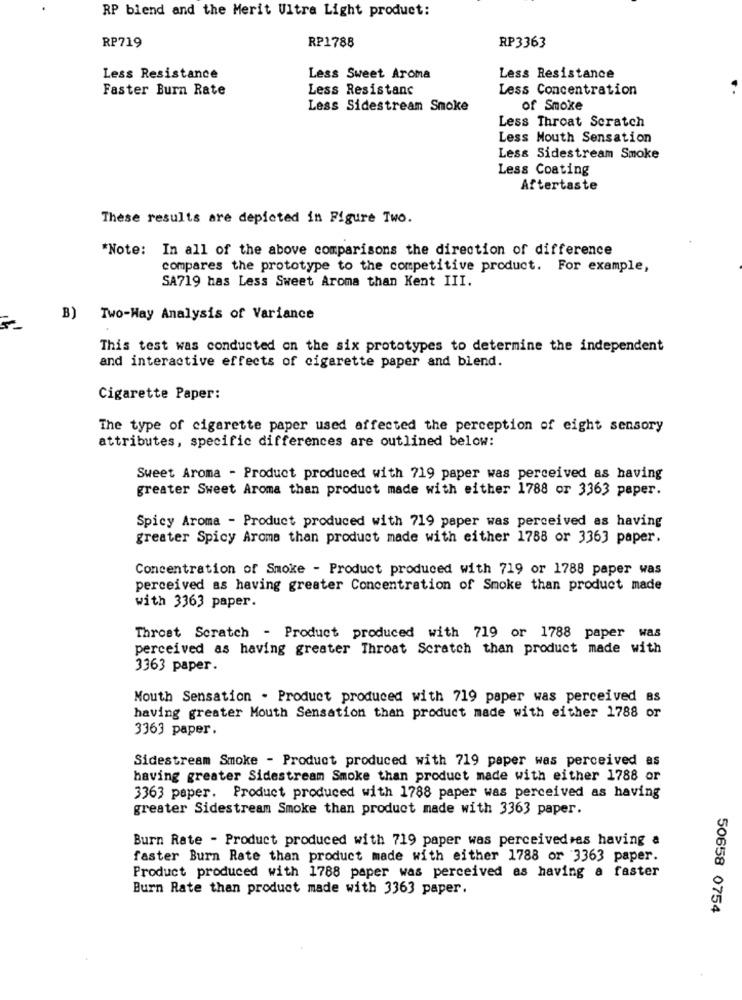
RP blend and the Merit Ultra Light product:
RP1788
RP719
RP3363
Less Resistance
Less Sweet Aroma
Less Resistance
Faster Burn Rate
Less Resistanc
Less Concentration
Less Sidestream Smoke
of Smoke
Less Throat Scratch
Less Mouth Sensation
Less Sidestream Smoke
Less Coating
Aftertaste
These results are depicted in Figure Two.
*Note: In all of the above comparisons the direction of difference
compares the prototype to the competitive product. For example,
SA719 has Less Sweet Aroma than Kent III.
B)
Two-Way Analysis of Variance
This test was conducted on the six prototypes to determine the independent
and interactive effects of cigarette paper and blend.
Cigarette Paper:
The type of cigarette paper used affected the perception of eight sensory
attributes, specific differences are outlined below:
Sweet Aroma - Product produced with 719 paper was perceived as having
greater Sweet Aroma than product made with either 1788 or 3363 paper.
Spicy Aroma - Product produced with 719 paper was perceived as having
greater Spicy Aroma than product made with either 1788 or 3363 paper.
Concentration of Smoke - Product produced with 719 or 1788 paper was
perceived as having greater Concentration of Smoke than product made
with 3363 paper.
Throat Scratch - Product produced with 719 or 1788 paper was
perceived as having greater Throat Scratch than product made with
3363 paper.
Mouth Sensation . Product produced with 719 paper was perceived as
having greater Mouth Sensation than product made with either 1788 or
3363 paper.
Sidestream Smoke - Product produced with 719 paper was perceived as
having greater Sidestream Smoke than product made with either 1788 or
3363 paper. Product produced with 1788 paper was perceived as having
greater Sidestream Smoke than product made with 3363 paper.
Burn Rate - Product produced with 719 paper was perceivedres having a
faster Burn Rate than product made with either 1788 or 3363 paper.
Product produced with 1788 paper was perceived as having a faster
Burn Rate than product made with 3363 paper.
50658 0754